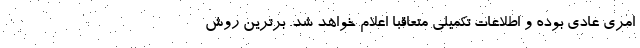
امری عادی بوده و اطلاعات تکمیلی متعاقبا اعلام خواهد شد. برترین روش